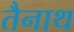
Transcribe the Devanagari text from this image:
तैनाथ